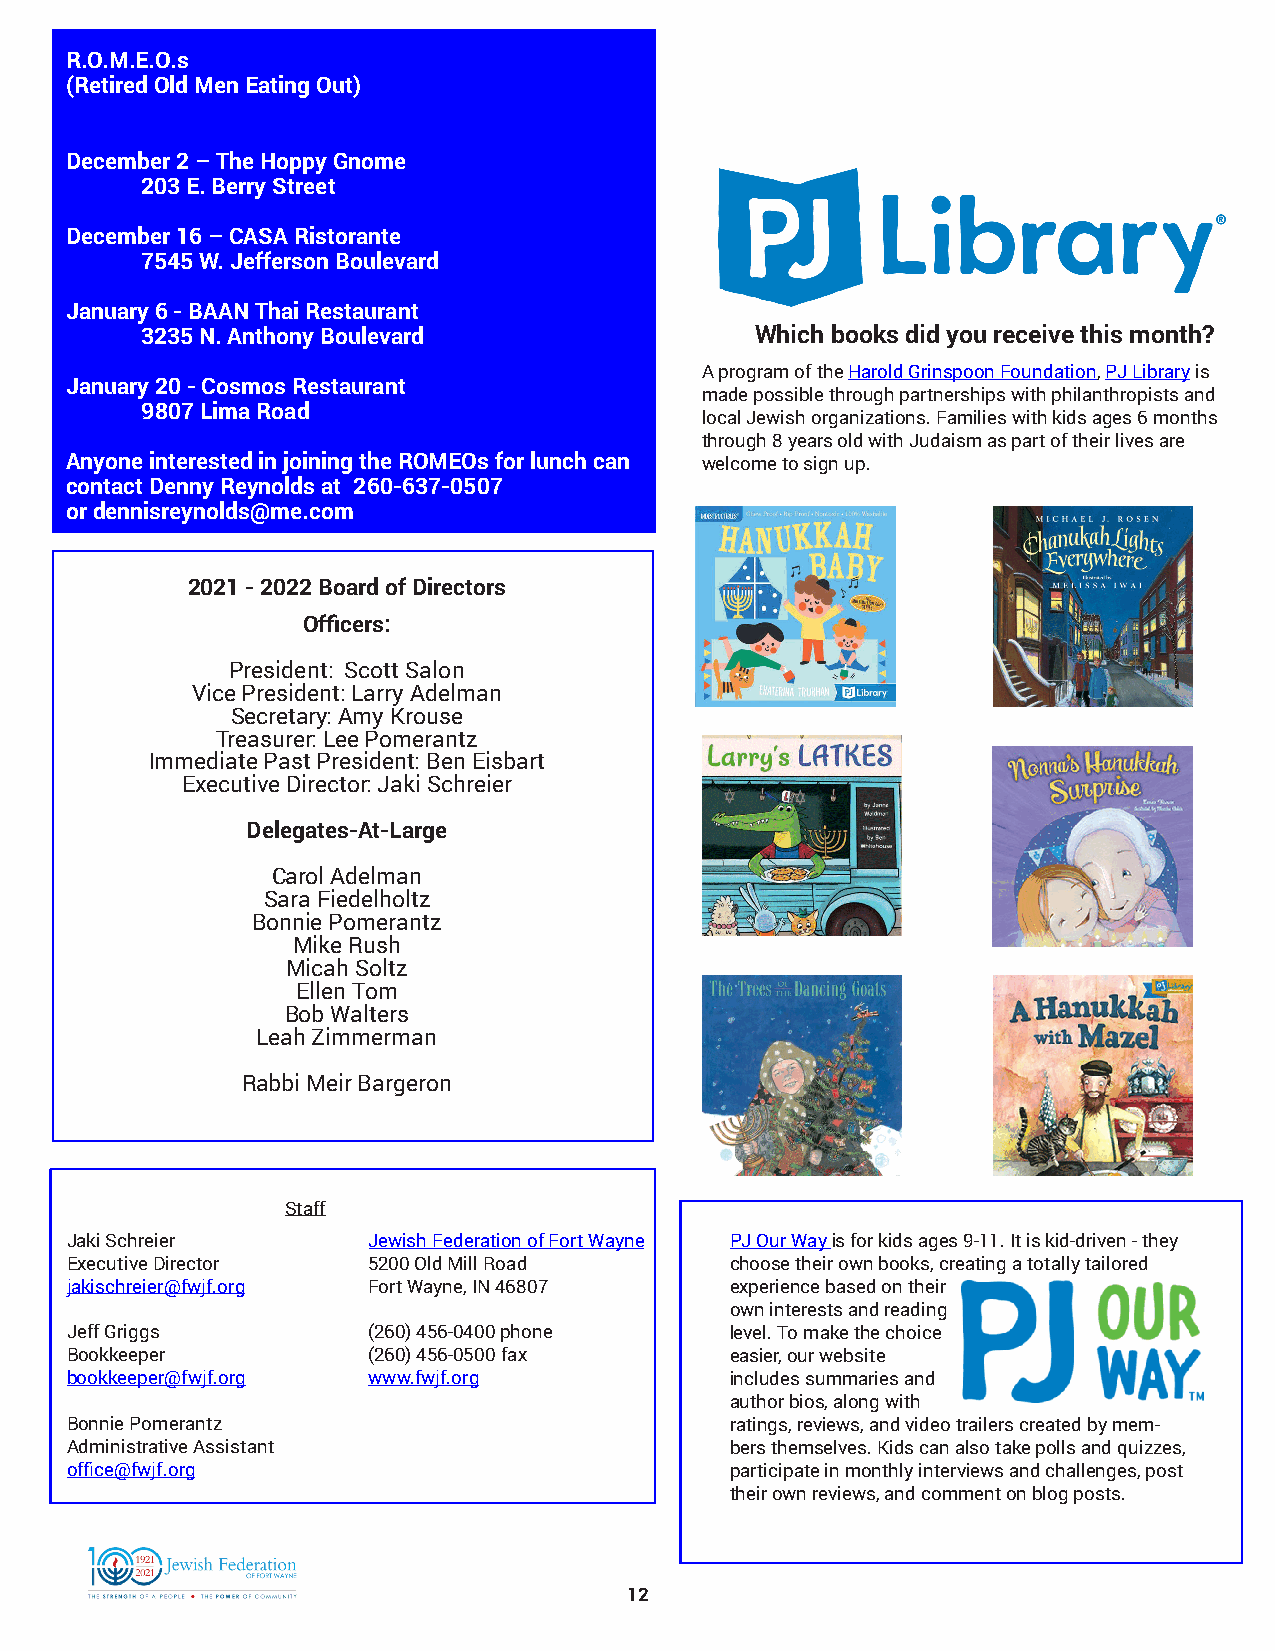
R.O.M.E.O.s
 (Retired Old Men Eating Out)
 December 2 – The Hoppy Gnome
 203 E. Berry Street
 December 16 – CASA Ristorante
 7545 W. Jefferson Boulevard
 January 6 - BAAN Thai Restaurant
 3235 N. Anthony Boulevard                Which books did you receive this month?
 A program of the Harold Grinspoon Foundation, PJ Library is
 January 20 - Cosmos Restaurant
 made possible through partnerships with philanthropists and
 9807 Lima Road
 local Jewish organizations. Families with kids ages 6 months
 through 8 years old with Judaism as part of their lives are
 Anyone interested in joining the ROMEOs for lunch can welcome to sign up.
 contact Denny Reynolds at 260-637-0507
 or dennisreynolds@me.com
 2021 - 2022 Board of Directors
 Officers:
 President: Scott Salon
 Vice President: Larry Adelman
 Secretary: Amy Krouse
 Treasurer: Lee Pomerantz
 Immediate Past President: Ben Eisbart
 Executive Director: Jaki Schreier
 Delegates-At-Large
 Carol Adelman
 Sara Fiedelholtz
 Bonnie Pomerantz
 Mike Rush
 Micah Soltz
 Ellen Tom
 Bob Walters
 Leah Zimmerman
 Rabbi Meir Bargeron
 Staff
 Jaki Schreier       Jewish Federation of Fort Wayne PJ Our Way is for kids ages 9-11. It is kid-driven - they
 Executive Director  5200 Old Mill Road      choose their own books, creating a totally tailored
 jakischreier@fwjf.org Fort Wayne, IN 46807  experience based on their
 own interests and reading
 Jeff Griggs         (260) 456-0400 phone    level. To make the choice
 Bookkeeper          (260) 456-0500 fax      easier, our website
 bookkeeper@fwjf.org www.fwjf.org            includes summaries and
 author bios, along with
 Bonnie Pomerantz                            ratings, reviews, and video trailers created by mem-
 Administrative Assistant                    bers themselves. Kids can also take polls and quizzes,
 office@fwjf.org                             participate in monthly interviews and challenges, post
 their own reviews, and comment on blog posts.
 12